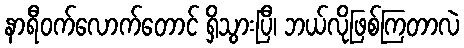
နာရီဝက်လောက်တောင် ရှိသွားပြီ၊ ဘယ်လိုဖြစ်ကြတာလဲ